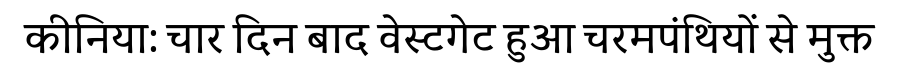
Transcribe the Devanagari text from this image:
कीनिया: चार दिन बाद वेस्टगेट हुआ चरमपंथियों से मुक्त